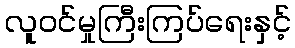
လူဝင်မှုကြီးကြပ်ရေးနှင့်